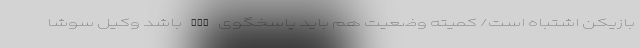
بازیکن اشتباه است/ کمیته وضعیت هم باید پاسخگوی AFC باشد وکیل سوشا